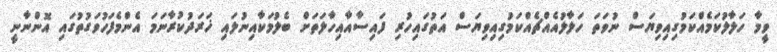
ވީމާ ހަލާލުކަމެއްކަމުގިއިވިޔަސް ނުވަތަ ހަލާލުއެއްޗެއްކަމުގިއިވިޔަސް އަތުގައިހުރި ފައިސާއާއިހާލަތަށް ބެލުމަކާއިނުލައި ޚަރަދުކުރާނަމަ އެންމެފަހުވަގުތުގައި އޮންނާނީ